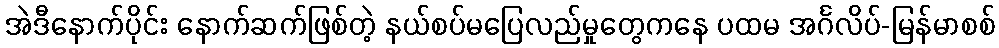
အဲဒီနောက်ပိုင်း နောက်ဆက်ဖြစ်တဲ့ နယ်စပ်မပြေလည်မှုတွေကနေ ပထမ အင်္ဂလိပ်-မြန်မာစစ်